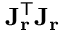
\mathbf { J } _ { \mathbf { r } } ^ { \mathsf { T } } \mathbf { J _ { r } }